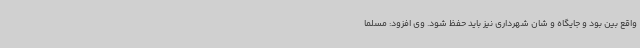
واقع بین بود و جایگاه و شان شهرداری نیز باید حفظ شود. وی افزود: مسلما